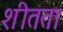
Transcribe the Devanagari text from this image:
शीतता